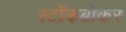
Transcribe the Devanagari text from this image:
स्‍टॉकब्रोकर